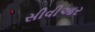
સીવીઆર